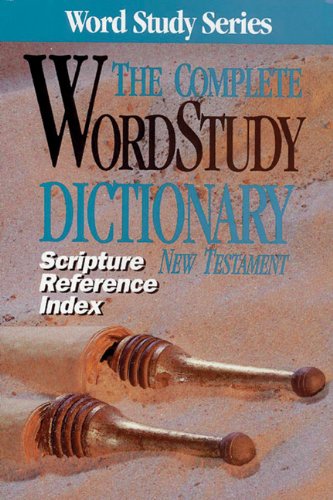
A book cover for The Complete WordStudy Dictionary: New Testament - Scripture Reference Index (Word Study Series); Spiros Zodhiates; Christian Books & Bibles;